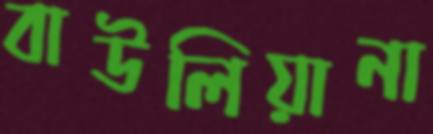
বাউলিয়ানা